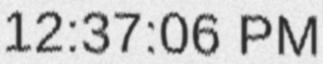
12:37:06 PM